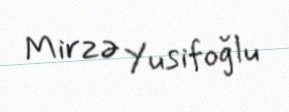
Mirzə Yusifoğlu